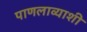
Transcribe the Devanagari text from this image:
पाणलाव्याशी